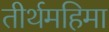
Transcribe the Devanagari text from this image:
तीर्थमहिमा